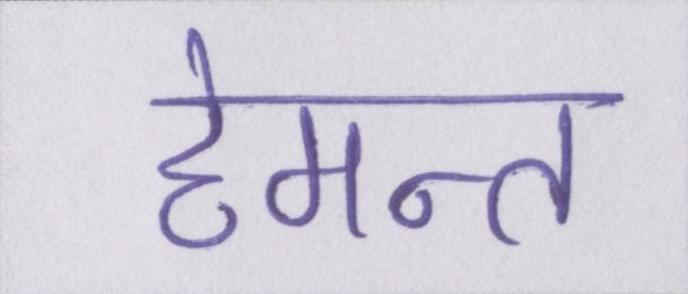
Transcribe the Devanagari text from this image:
हेमन्त